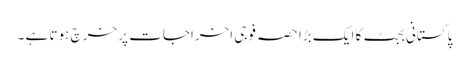
پاکستانی بجٹ کا ایک بڑا حصہ فوجی اخراجات پر خرچ ہوتا ہے ۔